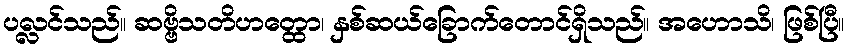
ပလ္လင်သည်။ ဆဗ္ဗိသတိဟတ္ထော၊ နှစ်ဆယ်ခြောက်တောင်ရှိသည်။ အဟောသိ၊ ဖြစ်ပြီ။